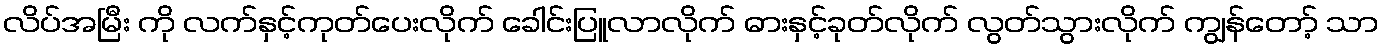
လိပ်အမြီး ကို လက်နှင့်ကုတ်ပေးလိုက် ခေါင်းပြူလာလိုက် ဓားနှင့်ခုတ်လိုက် လွတ်သွားလိုက် ကျွန်တော့် သာ